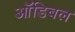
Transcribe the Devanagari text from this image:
ऑडिबल